Annual statistical returns and brief notes on vaccination in Bengal - 1887-1898
Year: 1887
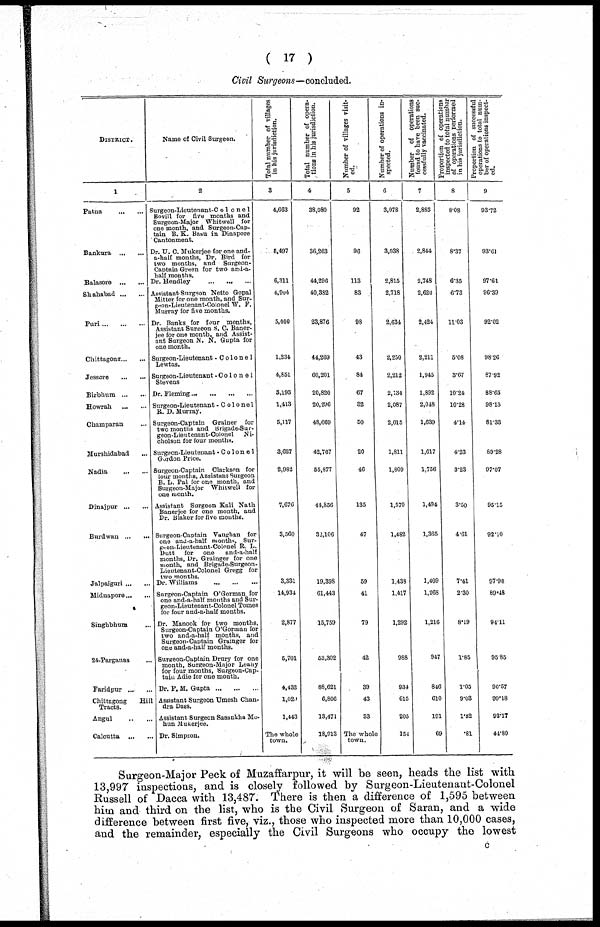
( 17 )
Civil Surgeons—concluded.
DISTRICT.
1
Patna
...
...
Bankura
...
...
Balasore
...
...
Shahabad ... ...
Pari ... ... ...
Chittagong ... ...
Jessore
...
...
Birbhum ... ...
Howrah
...
...
Champaran ...
Mursbidabad ...
Nadia
...
...
Dinajpur ... ...
Burdwan ... ...
Jalpaiguri ... ...
Midnapore ... ...
Singhbhum
24-Parganas ...
Faridpur ... ...
Chittagong
Hill
Tracts.
Angul
...
...
Calcutta
...
...
Name of Civil Surgeon.
2
Surgeon-Lieutenant-Co1onel
Bovill for five months and
Surgeon-Major Whitwell for
one month, and Surgeon-Cap-
tain B. K. Basu in Dinapore
Cantonment.
Dr. U. C. Mukerjee for one and-
a-half months, Dr. Bird for
two months, and Surgeon-
Captain Green for two and-a-
half months.
Dr. Hendley
...
...
...
Assistant Surgeon Netto Gopal
Mitter for one month, and Sur¬
geon-Lieutenant-Colonel W. F.
Murray for five months.
Dr. Banks for four months,
Assistant Surgeon S. C. Baner¬
jee for one month, and Assist-
ant Surgeon N. N. Gupta for
one month.
Surgeon-Lieutenant -Colonel
Lewtas.
Surgeon-Lieutenant -Colonel
Stevens
Dr. Fleming ... ... ... ...
Surgeon-Lieutenant -Colonel
R. D. Murray.
Surgeon-Captain Grainer for
two months and Brigade-Sur-
geon-Lieutenant-Colonel Ni-
cholson for four months.
Surgeon-Lieutenant -Colonel
Gordon Price.
Surgeon-Captain Clarkson for
lour months, Assistant Surgeon
B. L. Pal for one month, and
Surgeon-Major Whrtwell for
one month.
Assistant Surgeon Kali Nath
Banerjee for one month, and
Dr. Blaker for five mouths.
Surgeon-Captain Vaughan for
one and-a-half months, Sur-
geon-Lieutenant-Colonel R. L.
Dutt for one and-a-half
months, Dr. Grainger for one
month, and Brigade-Surgeon-
Lieutenant-Colonel Gregg for
two months.
Dr. Williams
...
...
...
Surgeon-Captain O'Gorman for
one and-a-half months and Sur-
geon-Lieutenant-Colonel Tomes
for four and-a-half months.
Dr. Manook for two months,
Surgeon-Captain O'Gorman for
two and-a-half months, and
Surgeon-Captain Grainger for
one and-a-half months.
Surgeon-Captain Drury for one
month, Surgeon-Major Leahy
for four months, Surgeon-Cap-
tain Adie for one month.
Dr. P. M. Gupta ... ... ...
Assistant Surgeon Umesh Chan-
dra Dass.
Assistant Surgeon Sasankha Mo-
hun Mukerjee.
Dr. Simpson.
Total number of villages
in his jurisdiction.
3
4,663
5,497
6,311
4,904
5,000
1,234
4,851
3,193
1,413
5,117
3,627
2,982
7,676
3,560
3,331
14,934
2,877
5,701
4,432
1,029
1,443
The whole
town.
Total number of opera-
tions in his jurisdiction.
4
38,080
36,263
44,296
40,382
23,876
44,260
60,201
20,820
20,296
48,669
42,767
55,877
44,856
32,106
19,398
61,443
15,759
53,302
88,621
6,806
13,471
18,913
Number of villages visit-
ed.
5
92
96
113
83
98
43
84
67
32
50
20
46
135
47
59
41
79
42
39
43
33
The whole
town.
Number of operations in-
spected.
6
3,078
3,038
2,815
2,718
2,634
2,250
2,212
2,134
2,087
2,015
1,811
1,809
1,570
1,482
1,438
1,417
1,292
988
934
615
205
154
Number of operations
found to have been suc-
cessfully vaccinated.
7
2,885
2,844
2,748
2,620
2,424
2,211
1,945
1,892
2,048
1,639
1,617
1,756
1,494
1,365
1,409
1,268
1,216
947
846
610
191
69
Proportion of operations
inspected to total number
of operations performed
in his jurisdiction.
8
8.08
8.37
6.35
6.73
11.03
5.08
3.67
10.24
10.28
4.14
4.23
3.23
3.50
4.61
7.41
2.30
8.19
1.85
1.05
9.03
1.52
.81
Proportion of successful
operations to total num-
ber of operations inspect-
ed.
9
93.72
93.61
97.61
96.39
92.02
98.26
87.92
88.65
98.13
81.33
89.28
97.07
95.15
92.10
97.98
89.48
94.11
95.85
90.57
99.18
93.17
44.80
Surgeon-Major Peck of Muzaffarpur, it will be seen, heads the list with
13,997 inspections, and is closely followed by Surgeon-Lieutenant-Colonel
Russell of Dacca with 13,487. There is then a difference of 1,595 between
him and third on the list, who is the Civil Surgeon of Saran, and a wide
difference between first five, viz., those who inspected more than 10,000 cases,
and the remainder, especially the Civil Surgeons who occupy the lowest
c